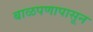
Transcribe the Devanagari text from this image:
बाळपणापासून